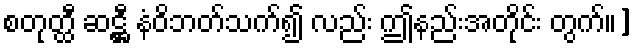
စတုတ္ထီ ဆဋ္ဌီ နံဝိဘတ်သက်၍ လည်း ဤနည်းအတိုင်း တွက်။]